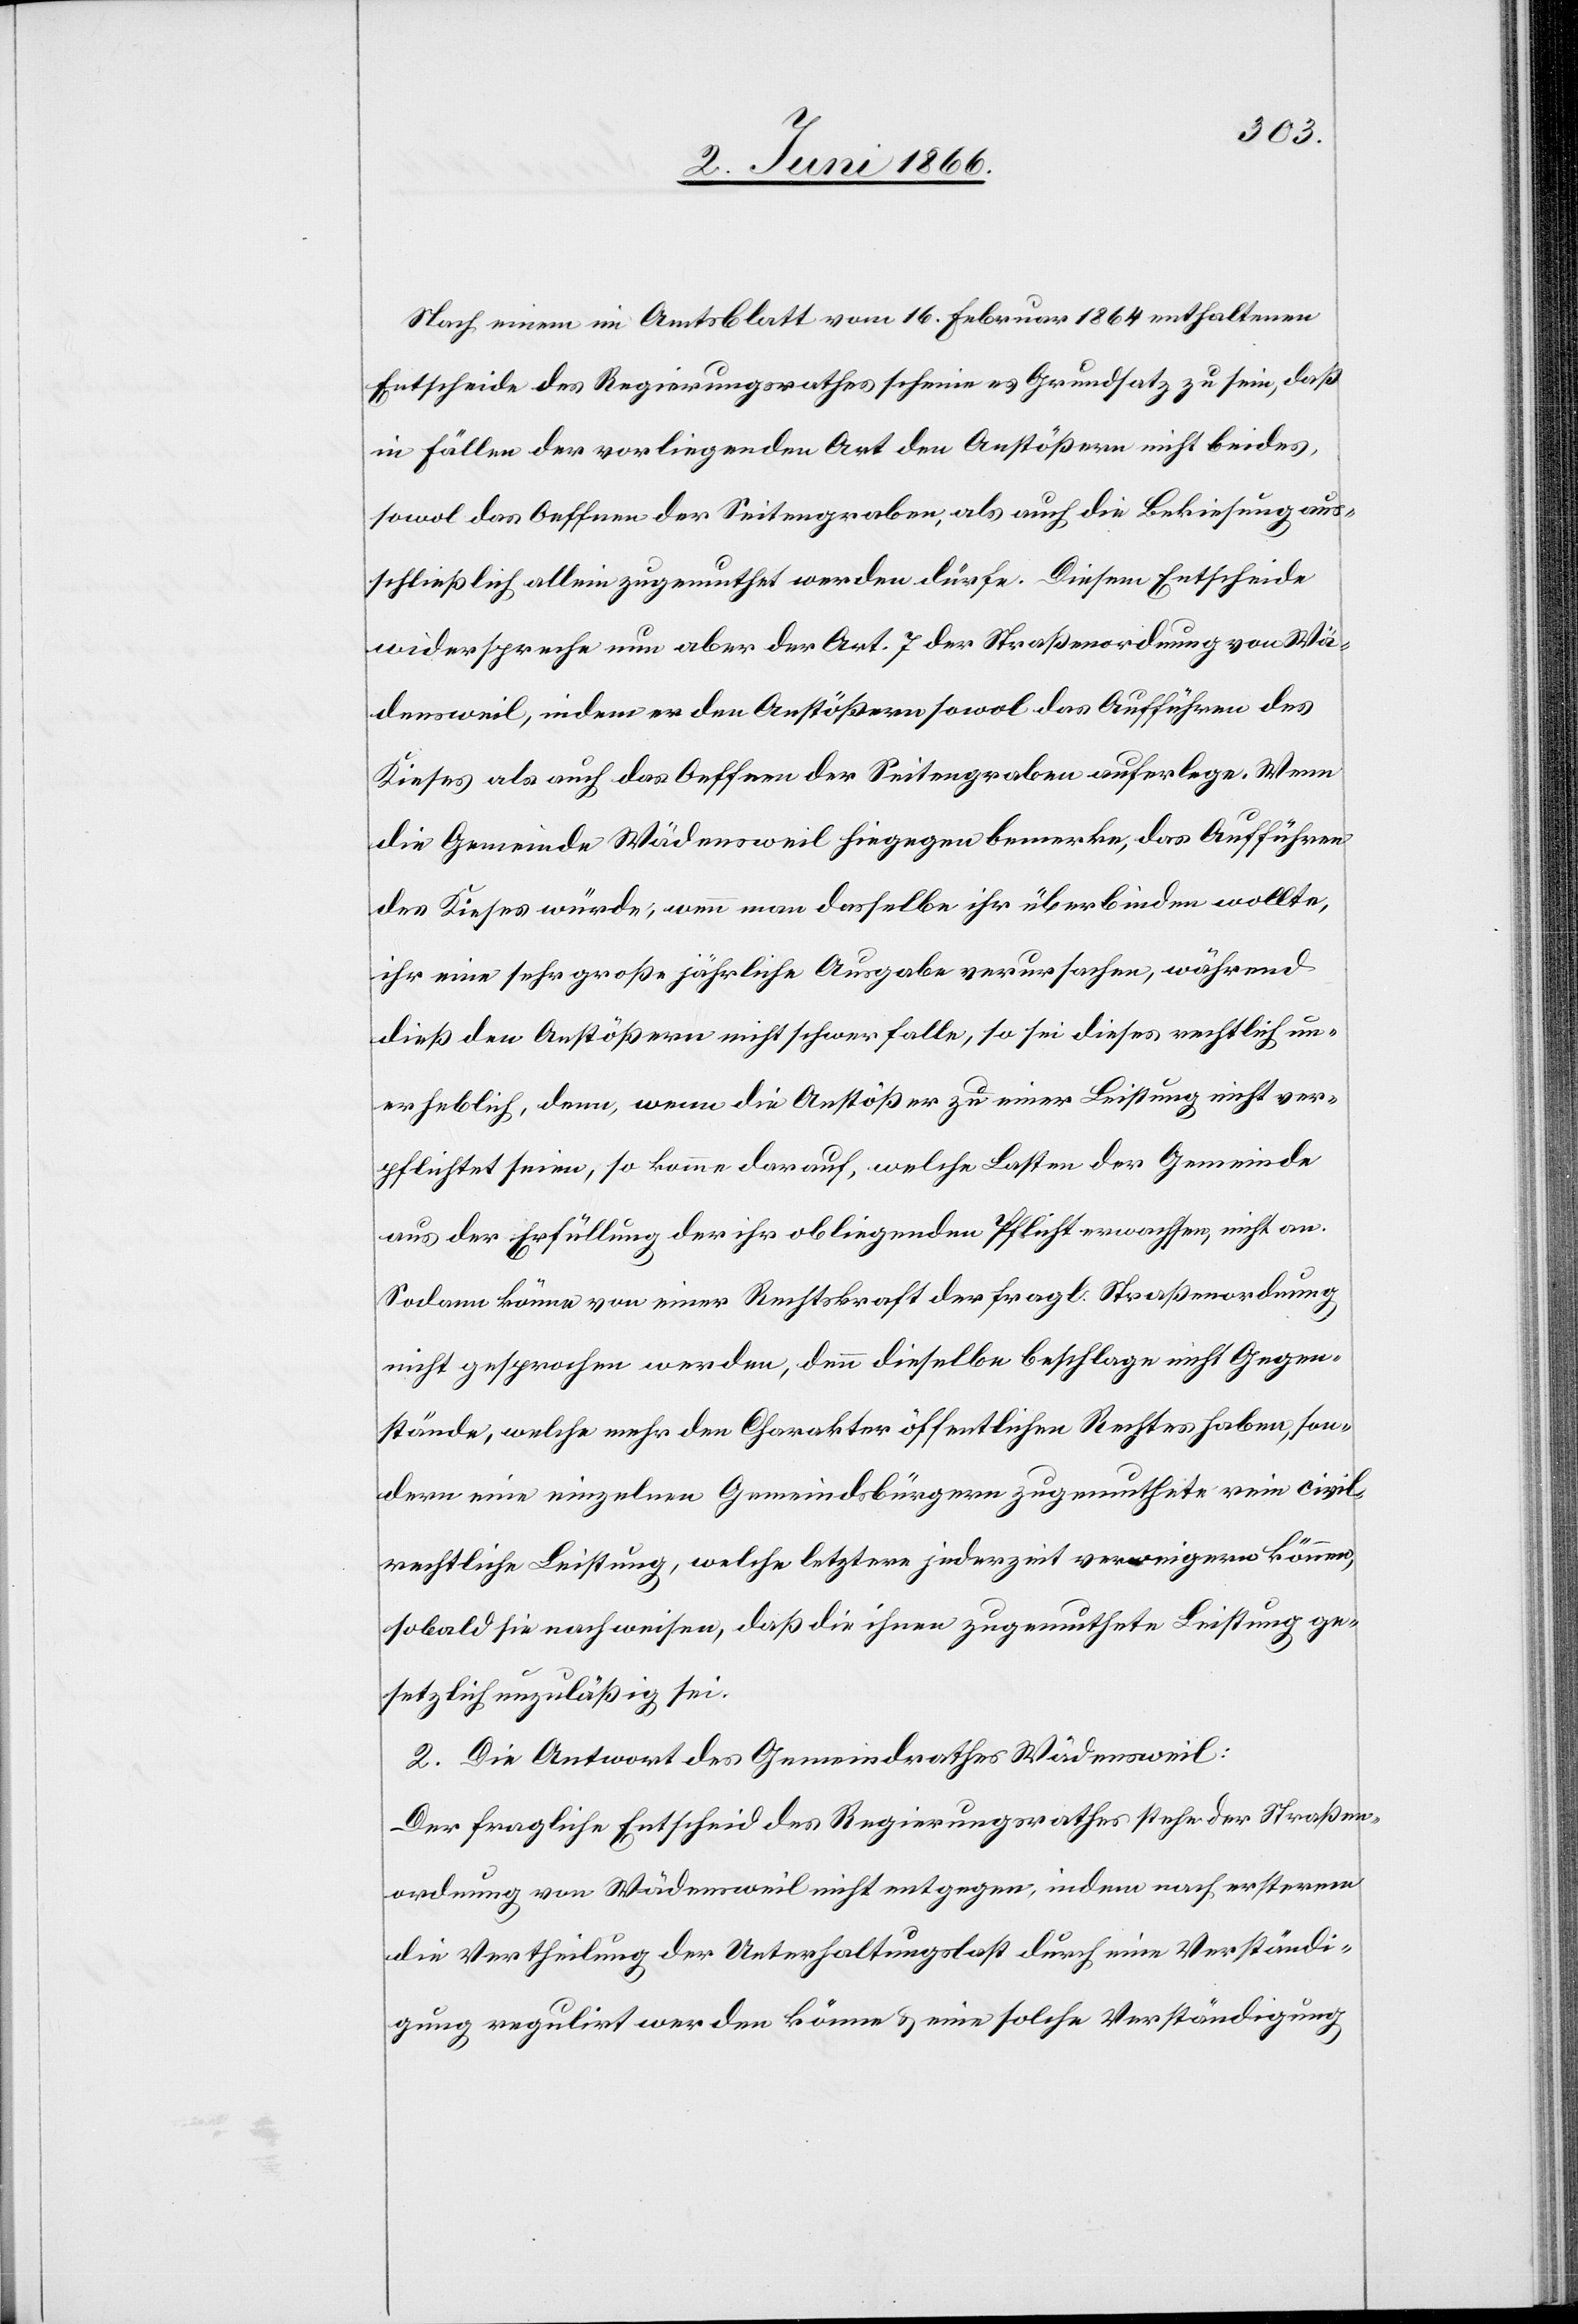
Nach einem im Amtsblatt vom 16. Februar 1864 enthaltenen
Entscheide des Regierungsrathes scheine es Grundsatz zu sein, daß
in Fällen der vorliegenden Art den Anstößern nicht beides,
sowol das Oeffnen der Seitengraben, als auch die Bekiesung aus¬
schließlich allein zugemuthet werden dürfe. Diesem Entscheide
widerspreche nun aber der Art. 7 der Straßenordnung von Wä¬
densweil, indem er den Anstößern sowol das Aufführen des
Kieses als auch das Oeffnen der Seitengraben auferlege. Wenn
die Gemeinde Wädensweil hingegen bemerke, das Aufführen
des Kieses würde, wenn man dasselbe ihr überbinden wollte,
ihr eine sehr große jährliche Ausgabe verursachen, während
dieß den Anstößern nicht schwer falle, sei dieses rechtlich un¬
erheblich, denn, wenn die Anstößer zu einer Leistung nicht ver¬
pflichtet seien, so komme [es] darauf, welche Lasten der Gemeinde
aus der Erfüllung der ihr obliegenden Pflicht erwachsen, nicht an.
Sodann könne von einer Rechtskraft der fragl. Straßenordnung
nicht gesprochen werden, denn dieselbe beschlage nicht Gegen¬
stände, welche mehr den Charakter öffentlichen Rechtes haben, son¬
dern eine einzelnen Gemeindsbürgern zugemuthete rein civil¬
rechtliche Leistung, welche letztere jederzeit verweigern können,
sobald sie nachweisen, daß die ihnen zugemuthete Leistung ge¬
setzlich unzuläßig sei.
2. Die Antwort des Gemeindrathes Wädensweil:
Der fragliche Entscheid des Regierungsrathes stehe der Straßen¬
ordnung von Wädensweil nicht entgegen, indem nach ersterem
die Vertheilung der Unterhaltungslast durch eine Verständi¬
gung regulirt werden könne u. eine solche Verständigung